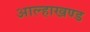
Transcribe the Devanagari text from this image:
आल्हाखण्ड